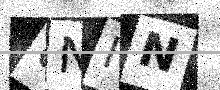
Text: UNHN